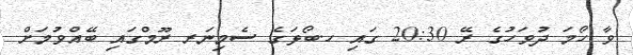
ވާ ހޯމަ ދުވަހުގެ ރޭ 20:30 ގައި ހ.ބޯޅަގެ ސެމިނަރ ރޫމްގައި ބޭއްވުމަށް